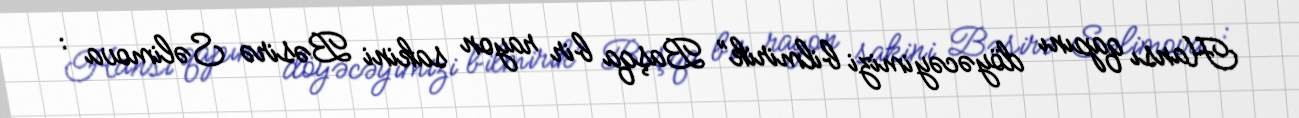
Hansı qapını döyəcəyimizi bilmirik” Başqa bir rayon sakini Bəsirə Səlimova :